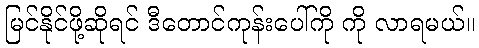
မြင်နိုင်ဖို့ဆိုရင် ဒီတောင်ကုန်းပေါ်ကို ကို လာရမယ်။